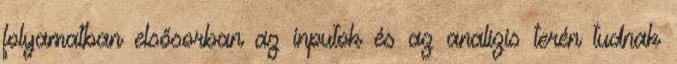
folyamatban elsősorban az inputok és az analízis terén tudnak